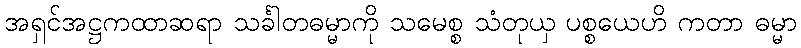
အရှင်အဋ္ဌကထာဆရာ သင်္ခါတဓမ္မာကို သမေစ္စ သံတုယှ ပစ္စယေဟိ ကတာ ဓမ္မာ